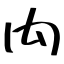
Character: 禸